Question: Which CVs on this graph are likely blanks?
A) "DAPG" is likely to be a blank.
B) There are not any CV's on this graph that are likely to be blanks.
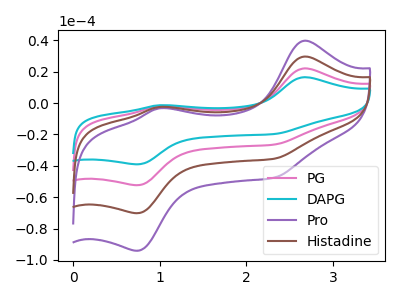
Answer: <think>The pink curve "PG" has anodic peaks at (2.65V, 59.25uA) (1.00V, -5.10uA) and cathodic peaks at (0.75V, -140.35uA) (2.30V, -71.00uA). The cyan curve "DAPG" has anodic peaks at (2.65V, 88.90uA) (1.00V, -7.65uA) and cathodic peaks at (0.75V, -210.55uA) (2.30V, -106.55uA). The purple curve "Pro" has anodic peaks at (2.65V, 39.75uA) (1.00V, -3.40uA) and cathodic peaks at (0.75V, -94.10uA) (2.30V, -47.60uA). The brown curve "Histadine" has anodic peaks at (2.65V, 29.65uA) (1.00V, -2.55uA) and cathodic peaks at (0.75V, -70.20uA) (2.30V, -35.50uA).</think>
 <answer>B) There are not any CV's on this graph that are likely to be blanks.</answer>
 <eval>B</eval>